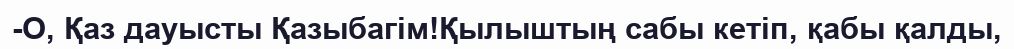
-О, Қаз дауысты Қазыбагім!Қылыштың сабы кетіп, қабы қалды,